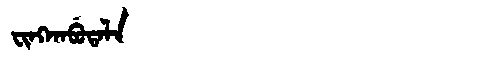
Manchu: ᠸᡳᠩᡴᠠᠪᡠᡨᠠᠯᠠ
Romanization: FINGKABUTALA